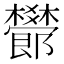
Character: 𣠫